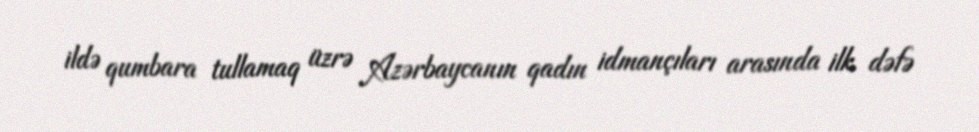
ildə qumbara tullamaq üzrə Azərbaycanın qadın idmançıları arasında ilk dəfə